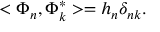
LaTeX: < \Phi _ { n } , \Phi _ { k } ^ { * } > = h _ { n } \delta _ { n k } .